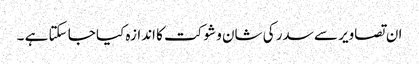
ان تصاویر سے سدر کی شان و شوکت کا اندازہ کیا جا سکتا ہے ۔